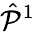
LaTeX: \hat{\cal P}^{1}